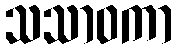
သသာဝကာ